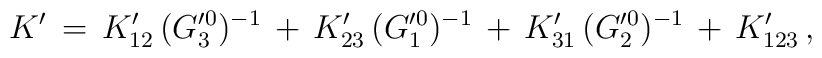
K'\,=\,K'_{12}\,(G'^0_3)^{-1}\,+\,K'_{23}\,(G'^0_1)^{-1}\,+\,K'_{31}\,(G'^0_2)^{-1}\,+\,K'_{123}\,,